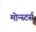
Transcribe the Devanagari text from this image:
मोन्स्टर्स